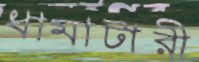
ধামাটারী